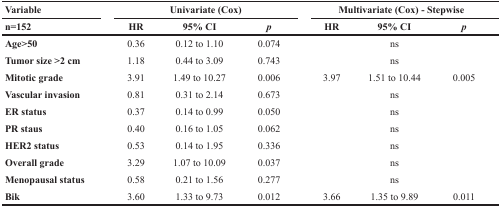
| Variable | <COLSPAN=3> Univariate (Cox) | <COLSPAN=3> Multivariate (Cox) - Stepwise |
 | n=152 | HR | 95% CI | p | HR | 95% CI | p |
 | --- | --- | --- | --- | --- | --- | --- |
 | Age>50 | 0.36 | 0.12 to 1.10 | 0.074 |  | ns |  |
 | Tumor size >2 cm | 1.18 | 0.44 to 3.09 | 0.743 |  | ns |  |
 | Mitotic grade | 3.91 | 1.49 to 10.27 | 0.006 | 3.97 | 1.51 to 10.44 | 0.005 |
 | Vascular invasion | 0.81 | 0.31 to 2.14 | 0.673 |  | ns |  |
 | ER status | 0.37 | 0.14 to 0.99 | 0.050 |  | ns |  |
 | PR staus | 0.40 | 0.16 to 1.05 | 0.062 |  | ns |  |
 | HER2 status | 0.53 | 0.14 to 1.95 | 0.336 |  | ns |  |
 | Overall grade | 3.29 | 1.07 to 10.09 | 0.037 |  | ns |  |
 | Menopausal status | 0.58 | 0.21 to 1.56 | 0.277 |  | ns |  |
 | Bik | 3.60 | 1.33 to 9.73 | 0.012 | 3.66 | 1.35 to 9.89 | 0.011 |